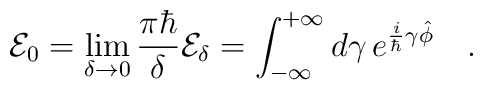
{\cal E}_0=\lim_{\delta\rightarrow 0}\frac{\pi\hbar}{\delta}{\cal E}_\delta=\int_{-\infty}^{+\infty}d\gamma\,e^{\frac{i}{\hbar}\gamma\hat{\phi}}\ \ \ .